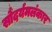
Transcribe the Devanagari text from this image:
सौंदर्यमलंकार